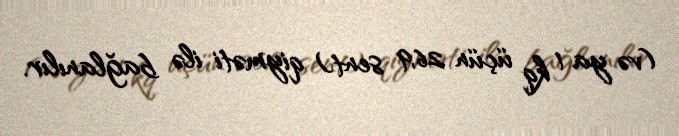
(və ya 1 kq üçün 26,9 sent) qiyməti ilə bağlanılır.